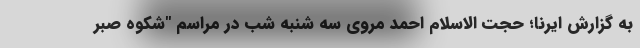
به گزارش ایرنا؛ حجت الاسلام احمد مروی سه شنبه شب در مراسم "شکوه صبر